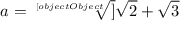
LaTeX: a = { \sqrt [ [object Object] ] { { \sqrt { 2 } } + { \sqrt { 3 } } } }